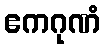
ဧကဂုဏံ